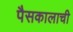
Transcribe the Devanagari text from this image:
पैसकालाची